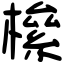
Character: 𣚎